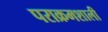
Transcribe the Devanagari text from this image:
पराक्रमशाली